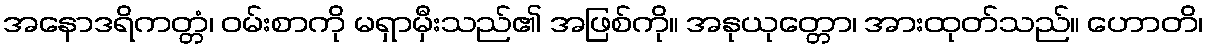
အနောဒရိကတ္တံ၊ ဝမ်းစာကို မရှာမှီးသည်၏ အဖြစ်ကို။ အနုယုတ္တော၊ အားထုတ်သည်။ ဟောတိ၊